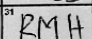
Transcription: RMH